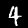
Label: 4